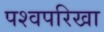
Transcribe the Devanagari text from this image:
पश्वपरिखा